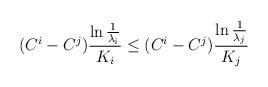
LaTeX: \begin{align*}(C^{i}-C^{j})\frac{\ln\frac{1}{\lambda_{i}}}{K_{i}}\leq (C^{i}-C^{j})\frac{\ln\frac{1}{\lambda_{j}}}{K_{j}}\end{align*}